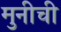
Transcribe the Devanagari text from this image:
मुनीची